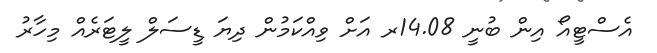
އެސްޓީއޯ އިން ބުނީ 14.08ރ އަށް ވިއްކަމުން ދިޔަ ޑީސަލް ލީޓަރެއް މިހާރު